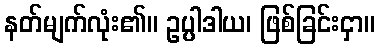
နတ်မျက်လုံး၏။ ဥပ္ပါဒါယ၊ ဖြစ်ခြင်းငှာ။